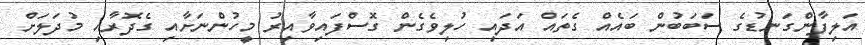
އަލިފާންގަނޑުގެ ސަބަބުން ބައެއް ގެތައް އަދައި ހުލިވެގެން ގޮސްފައިވާއިރު މީހުންނަށާއި ގެދޮރާއި މުދަލަށް